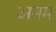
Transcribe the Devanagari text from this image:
अनम